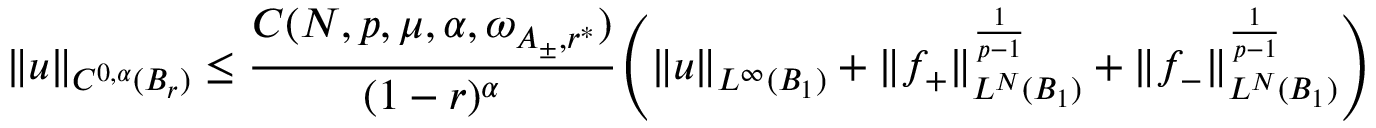
\| u \| _ { C ^ { 0 , \alpha } ( B _ { r } ) } \le \frac { C ( N , p , \mu , \alpha , \omega _ { A _ { \pm } , r ^ { * } } ) } { ( 1 - r ) ^ { \alpha } } \Bigg ( \| u \| _ { L ^ { \infty } ( B _ { 1 } ) } + \| f _ { + } \| _ { L ^ { N } ( B _ { 1 } ) } ^ { \frac { 1 } { p - 1 } } + \| f _ { - } \| _ { L ^ { N } ( B _ { 1 } ) } ^ { \frac { 1 } { p - 1 } } \Bigg )